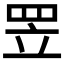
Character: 𦊢